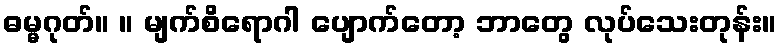
ဓမ္မဂုတ်။ ။ မျက်စိရောဂါ ပျောက်တော့ ဘာတွေ လုပ်သေးတုန်း။